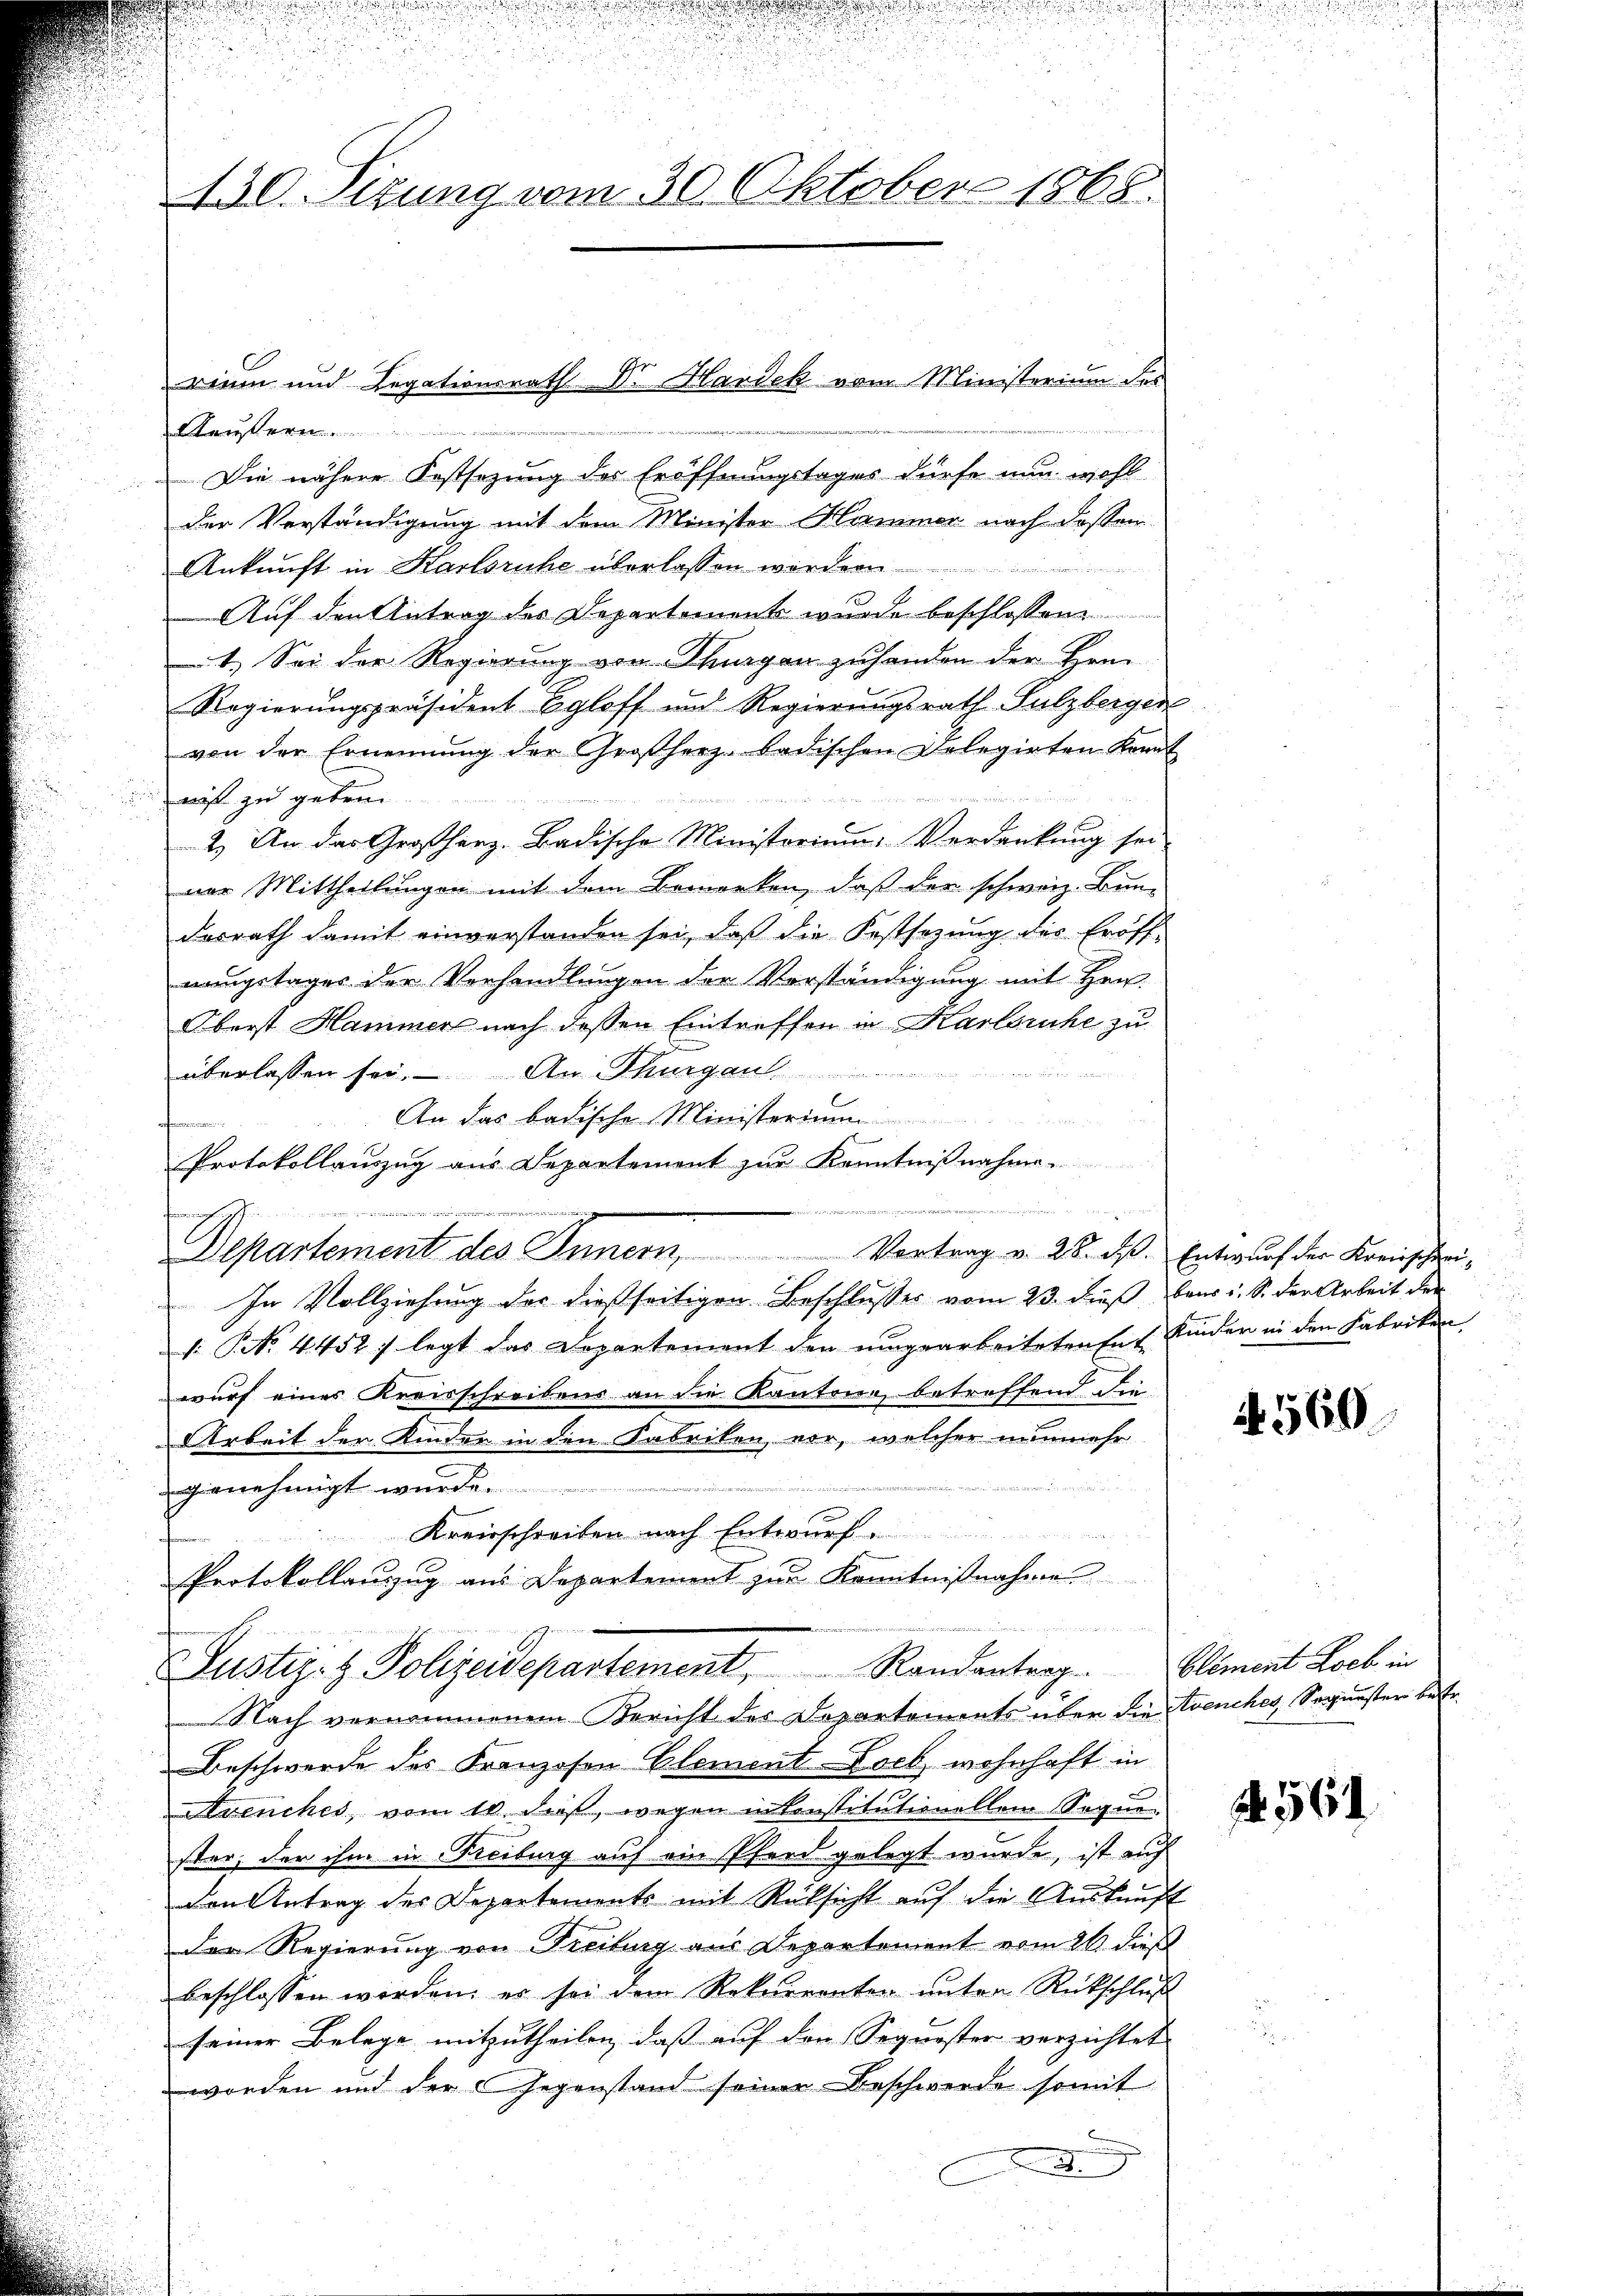
u
130. Sizung vom 30. Oktober 1868.

Die nähere Festsezung der Eröffnungstages dürfe nun wohl
der Verständigung mit dem Minister Hammer nach dassen

Ankunft in Karlsruhe überlassen worden.
.
Auf den Antrag der Departements wurde beschlossene
1.) Sei der Regierung von Thurgan zuhanden der Her
Regierungspräsident Egloff und Regierungsrath Sulzberger
von der Ernennung der Großherz badischen Delegirten Kennt
.
nis zu gebran
2.) An das Großherz-Badische Ministorium. Verdankung sei
ner Mittheilungen mit dem Bemerken, daß der schweiz. Bun-
desrath damit einverstanden sei, daß die Festsezung der Eröffnangstages der Vorhandlungen der Vorständigung mit Hrn.
Oberst Hammer nach dessen Eintreffen in Karlsruhe zu
überlassen sei. An Thurgau
E
An das badische Ministerium
ofernommen.
Protokollauszug aus Departement zur Kenntnißnahme.
ürren 152.

iter seien un
Departement des Innern, Vortrag v. 28. d. Entwurf der Kreisschrei¬
In Vollziehung der dießseitigen Beschlusses vom 23. dieß aus i. S. der Arbeit der
1: NNo. 4452 f legt das Departement den umgearbeiteten Ent Kinder in den Fabriken,
wurf einer Kreisschreibens an die Kantone, betreffend die
Arbeit der Kinder in den Fabriken vor, welcher nunmehr
genehmigt wurde.
Kreisschreiben nach Entwurf.
Protokollauszug aus Departement zur Kenntnißnahme
Justiz- & Polizeidepartement, Randantrag
Nach vernommenem Bericht des Departements über die Avenches, Sequester betr.
Beschwerde des Kranzosen Element Loch, wohnhaft in
Avenches, vom 10. das, wegen in konstitutionellem Sequen
ster, der ihm in Freiburg auf ein Pferd gelegt wurde, ist auf
den Antrag der Departements mit Rücksicht auf die Auskunft
Der Regierung von Freibung aus Departement vom 26 dieß
beschlossen worden, er sei dem Rekurrenten unter Rückschluß
seiner Belege mitzutheilen, daß auf den Sequester verzichtet
worden und der Gegenstand seiner Beschwerde somit
x
.

rium und Legationsrath Dr. Handek vom Ministerium des

nd nich

560.

Element Loch in

24. 561